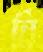
বি